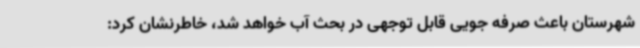
شهرستان باعث صرفه جویی قابل توجهی در بحث آب خواهد شد، خاطرنشان کرد: